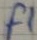
Text: F1